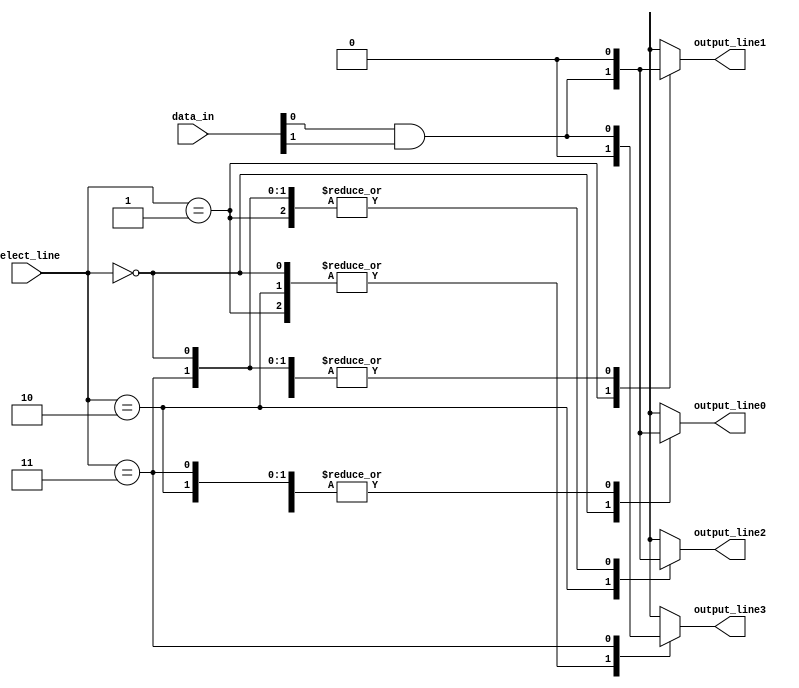
module demux_2to4 (
    input wire [1:0] select_line,
    input wire [1:0] data_in,
    output reg output_line0,
    output reg output_line1,
    output reg output_line2,
    output reg output_line3
);

always @(*) begin
    case(select_line)
        2'b00: begin
            output_line0 = data_in[0] & data_in[1];
            output_line1 = 1'b0;
            output_line2 = 1'b0;
            output_line3 = 1'b0;
        end
        2'b01: begin
            output_line0 = 1'b0;
            output_line1 = data_in[0] & data_in[1];
            output_line2 = 1'b0;
            output_line3 = 1'b0;
        end
        2'b10: begin
            output_line0 = 1'b0;
            output_line1 = 1'b0;
            output_line2 = data_in[0] & data_in[1];
            output_line3 = 1'b0;
        end
        2'b11: begin
            output_line0 = 1'b0;
            output_line1 = 1'b0;
            output_line2 = 1'b0;
            output_line3 = data_in[0] & data_in[1];
        end
    endcase
end

endmodule